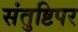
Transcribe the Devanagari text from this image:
संतुष्टिपर